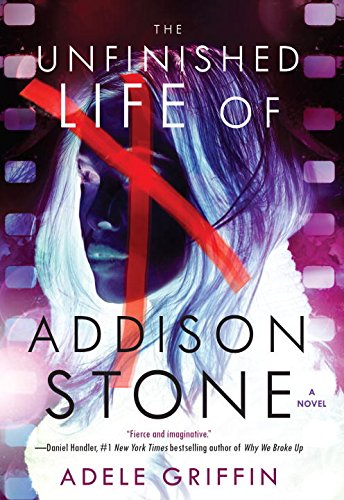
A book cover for The Unfinished Life of Addison Stone: A Novel; Adele Griffin; Teen & Young Adult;